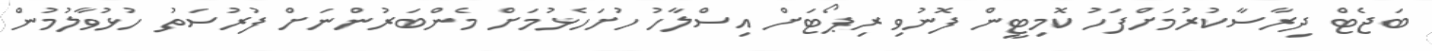
ބަޖެޓް ދިރާސާކުރުމަށްފަހު ކޮމިޓީން ފޮނުވި ރިޕޯޓަށް އިސްލާހު ހުށަހެޅުމަށް މެންބަރުންނަށް ފުރުސަތު ހުޅުވާލުމުން